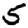
Digit: 5